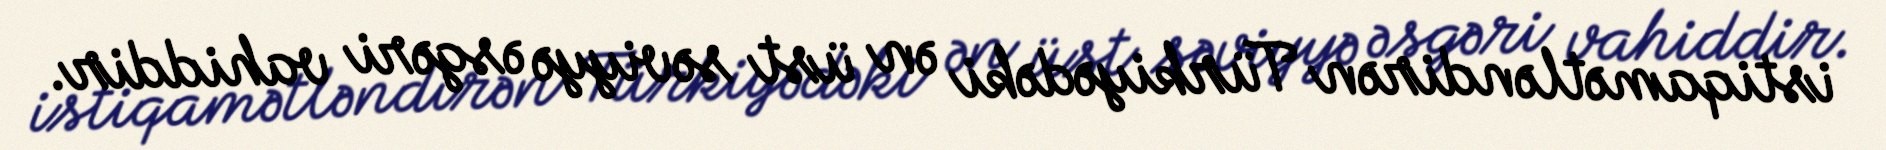
istiqamətləndirən Türkiyədəki ən üst səviyyə əsgəri vahiddir.